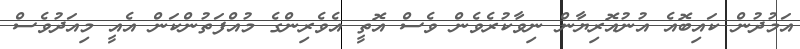
އަމުދުން ކައިބޮއެ އުނުއޮރިޔާން ނިވާކުރެވެން ވެސް އޮތީ އެވެރިންގެ މުއްފަތުންކަން އެއީ މިއަދުވެސް